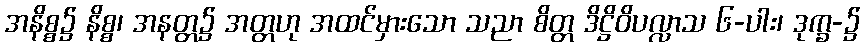
အနိစ္စ၌ နိစ္စ၊ အနတ္တ၌ အတ္တဟု အထင်မှားသော သညာ စိတ္တ ဒိဋ္ဌိဝိပလ္လာသ ၆-ပါး၊ ဒုက္ခ-၌